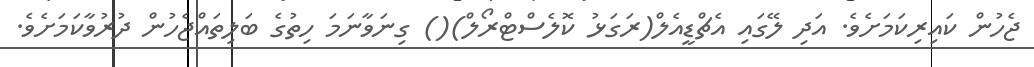
ޖެހުން ކައިރިކަމަށެވެ. އަދި ލޭގައި އެޗްޑީއެލް(ރަގަޅު ކޮލެސްޓްރޯލް)() ގިނަވާނަމަ ހިތުގެ ބަލިތައްޖެހުން ދުރުވާކަމަށެވެ.